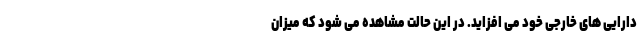
دارایی های خارجی خود می افزاید. در این حالت مشاهده می شود که میزان